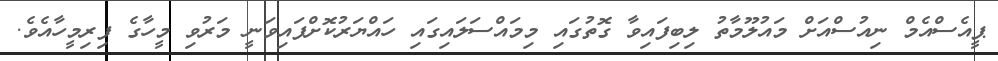
ޕީއެސްއެމް ނިއުސްއަށް މައުލޫމާތު ލިބިފައިވާ ގޮތުގައި މިމައްސަލައިގައި ހައްޔަރުކޮށްފައިވަނީ މަރުވި މީހާގެ ފިރިމީހާއެވެ.